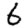
Digit: 6